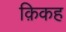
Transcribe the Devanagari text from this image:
क़िकह